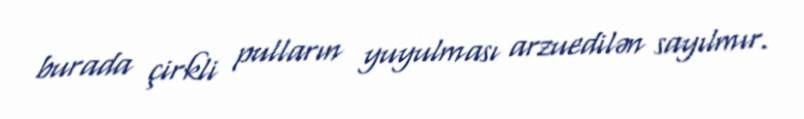
burada çirkli pulların yuyulması arzuedilən sayılmır.